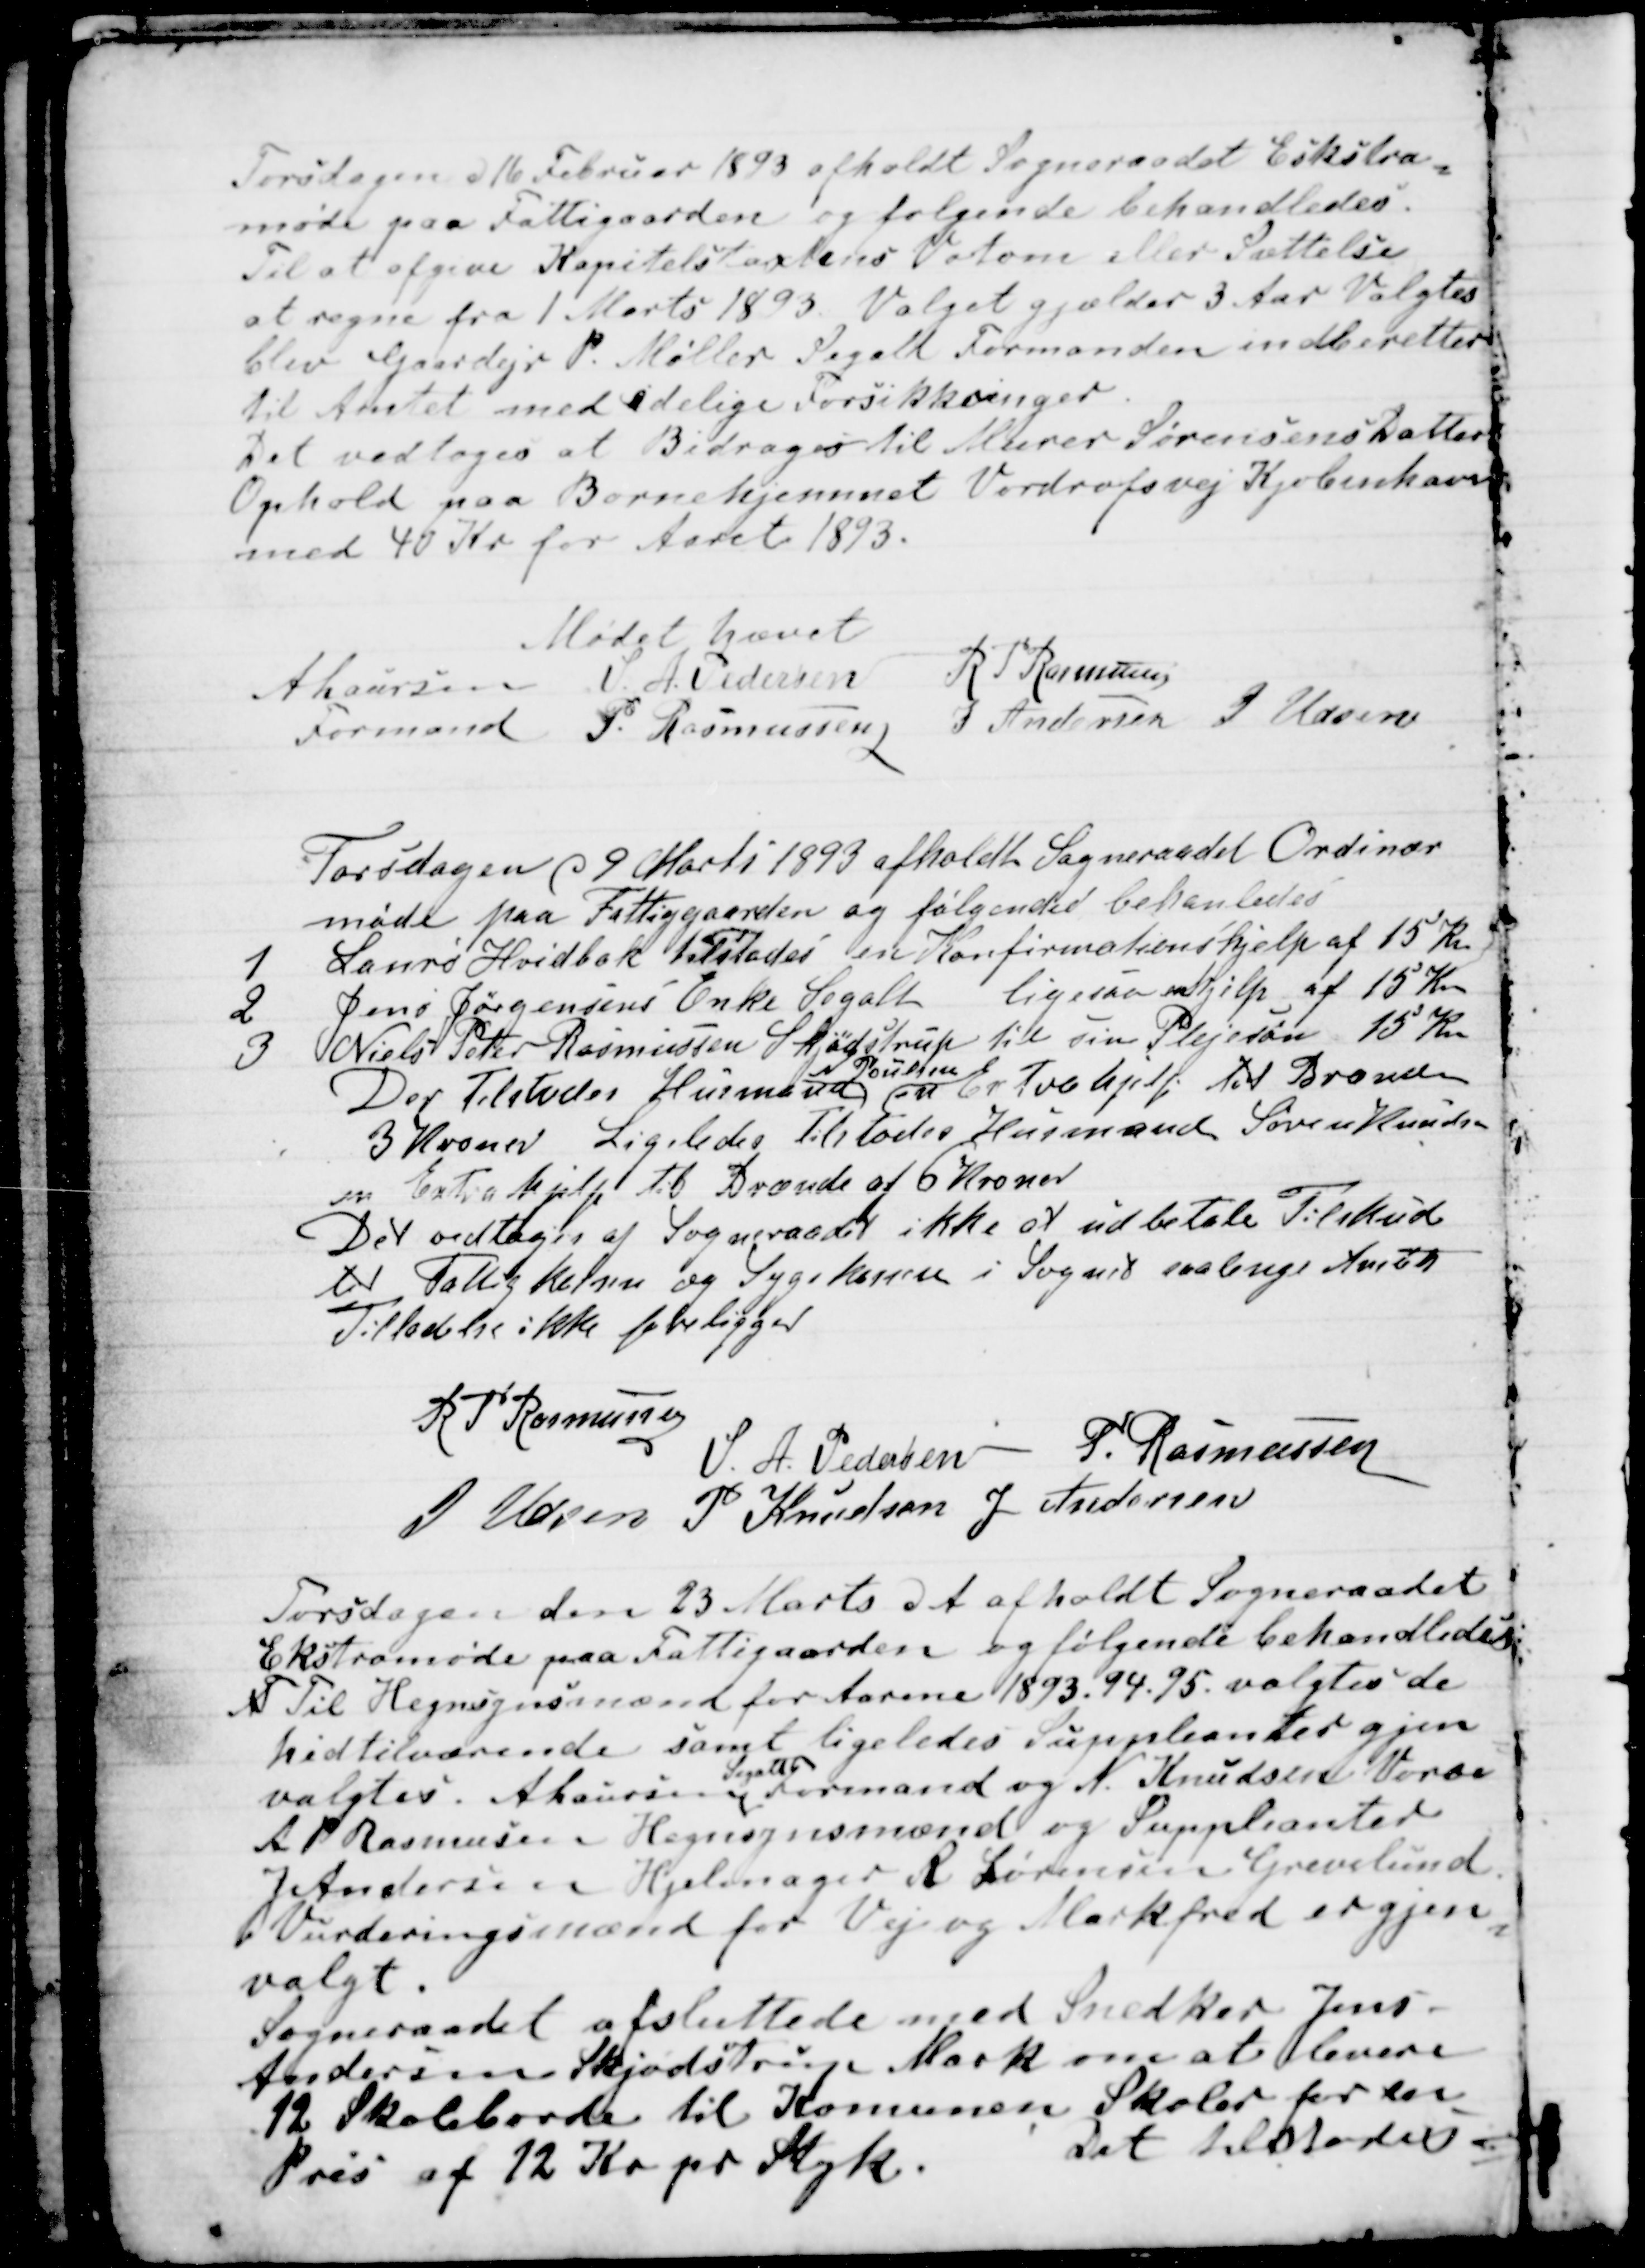
Transskription:
Torsdagen d 16 Februar 1893 afholdt Sogneraadet Ekstra
=
møde paa Fattiggaarden og følgende behandledes.
Til at afgive Kapitelstaxtens Votom eller Sættelse
at regne fra 1 Marts 1893 Valget gjælder 3 Aar Valgtes
blev Gaardejr P. Møller Segalt Formanden indberetter
til Amtet med idelige Forsikkringer.
Det vedtoges at Bidrages til Murer Sørensens Datter
Ophold paa Børnehjemmet Vordrofsvej Kjøbenhavn
med 40 Kr for Aaret 1893.
Mødet hævet
A Laursen
Formand
S. A. Pedersen
R P Rasmussen
P. Rasmussen
J Andersen
J Udsen

Torsdagen d 9 Marts 1893 afholdt Sogneraadet Ordinær
møde paa Fattiggaarden og følgende behandledes
1  Laurs Hvidbak tilstodes en Konfirmationshjelp af 15 Kr
2  Jens Jørgensens Enke Segalt ligesaa en Hjelp af 15 Kr
3  Niels Peter Rasmussen Skjødstrup til sin Plejesøn 15 Kr
Der Tilstodes Husmand 
N Poulsen
en Extrahjelp til Brænde
3 Kroner Ligeledes tilstodes Husmand Søren Knudsen
en Extrahjelp til Brænde af 6 Kroner
Det vedtoges af Sogneraadet ikke at udbetale Tilskud
til Fattigkassen og Sygekassen i Sognet saalenge Amtet
Tilladelse ikke foreligger
R P Rasmussen
S. A. Pedersen
P. Rasmussen
J Udsen
P Knudsen
J Andersen

Torsdagen den 23 Marts d A afholdt Sogneraadet
Ekstramøde paa Fattiggaarden og følgende behandledes
T Til Hegnsynsmænd for Aarene 1893. 94. 95. valgtes de
hidtilværende samt ligeledes Suppleanter gjen
=
valgtes. A Laursen
Segalt
Formand og N. Knudsen Vorre
A P Rasmusen Hegnsynsmænd og Suppleanter
J Andersen Hjelmager R Sørensen Grevelund
Vurderingsmænd for Veje og Markfred er gjen
=
valgt.
Sogneraadet afsluttede med Snedker Jens -
Andersen Skjødstrup Mark om at levere
12 Skoleborde til Komunen Skoler for en
Pris af 12 Kr pr Styk.    
Det tilstodes